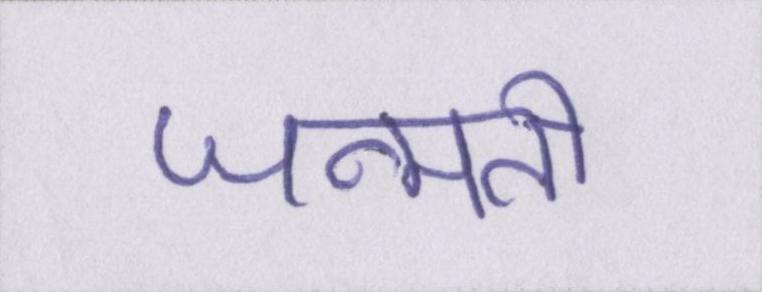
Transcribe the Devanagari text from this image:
जन्मती